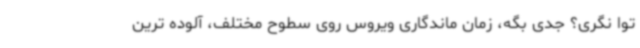
توا نگری؟ جدی بگه، زمان ماندگاری ویروس روی سطوح مختلف، آلوده ترین